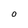
Character: O